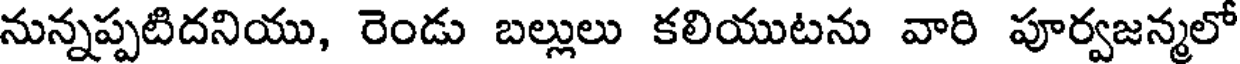
నున్నప్పటిదనియు, రెండు బల్లులు కలియుటను వారి పూర్వజన్మలో